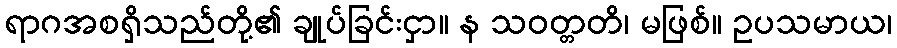
ရာဂအစရှိသည်တို့၏ ချုပ်ခြင်းငှာ။ န သဝတ္တတိ၊ မဖြစ်။ ဥပသမာယ၊